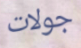
جولات